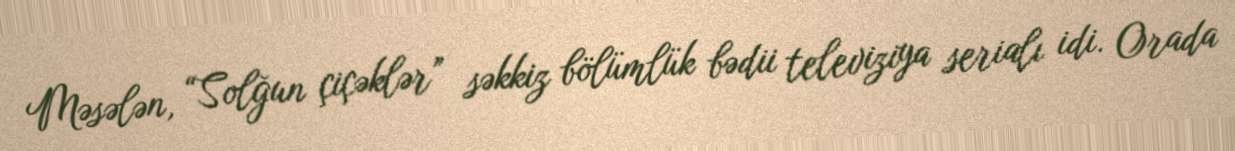
Məsələn, “Solğun çiçəklər” səkkiz bölümlük bədii televiziya serialı idi. Orada